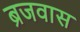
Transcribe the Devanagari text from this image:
ब्रजवास